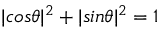
| c o s \theta | ^ { 2 } + | s i n \theta | ^ { 2 } = 1